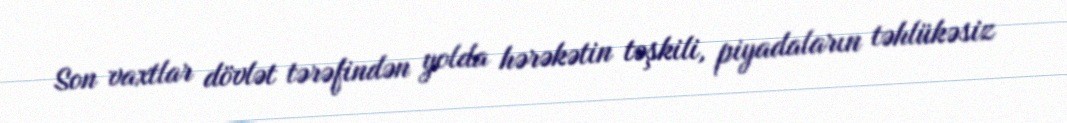
Son vaxtlar dövlət tərəfindən yolda hərəkətin təşkili, piyadaların təhlükəsiz